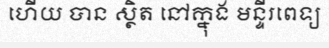
ហើយ បាន ស្ថិត នៅក្នុង មន្ទីរពេទ្យ